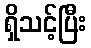
ရှိသင့်ပြီး